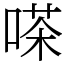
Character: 嗏